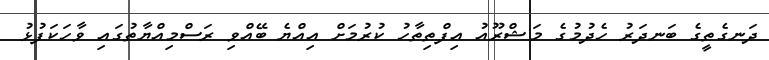
ދަނގެތީގެ ބަނދަރު ހެދުމުގެ މަޝްރޫއު އިފްތިތާހު ކުރުމަށް އިއްޔެ ބޭއްވި ރަސްމިއްޔާތުގައި ވާހަކަފުޅު